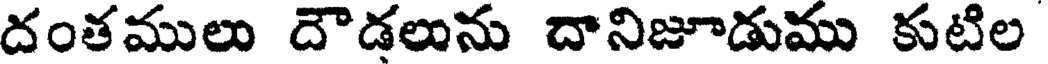
దంతములు దౌడలును దానిజూడుము కుటిల